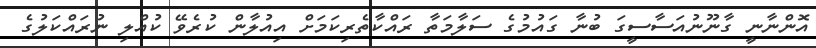
އޮންނާނީ ގާނޫނުއަސާސީގަ ބުނާ ގައުމުގެ ސަލާމަތާ ރައްކާތެރިކަމަށް އިއުލާން ކުރެވޭ ކުއްލި ނުރައްކަލުގެ